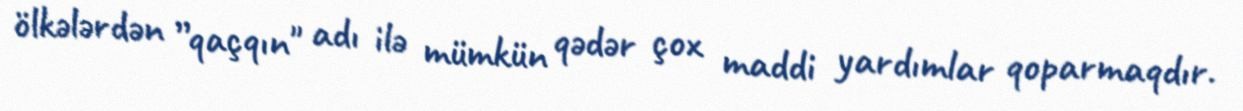
ölkələrdən ”qaçqın" adı ilə mümkün qədər çox maddi yardımlar qoparmaqdır.